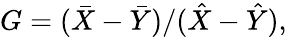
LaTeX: G=(\bar{X}-\bar{Y})/(\hat{X}-\hat{Y}),